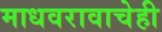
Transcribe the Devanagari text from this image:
माधवरावाचेही